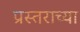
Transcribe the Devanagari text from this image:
प्रस्तराच्या